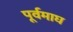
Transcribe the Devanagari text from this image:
पूर्वमाघ